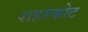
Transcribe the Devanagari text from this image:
शहरकोट